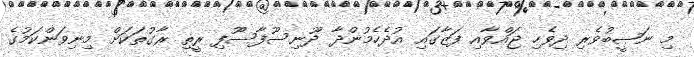
މި ނަޞީބުވެރި ދިވެހި ޖައްވާއި ފަޒާގައި އުދެހެމުންދާ ދޫނިސޫފާސޫފި ރީތި ރާގުތަކަށް މިނިވަންކަމުގެ